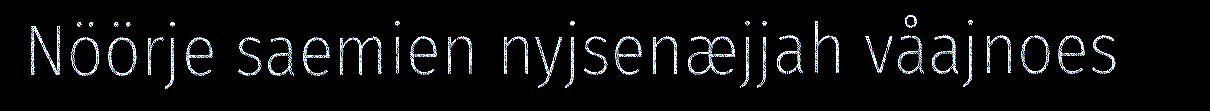
Nöörje saemien nyjsenæjjah våajnoes